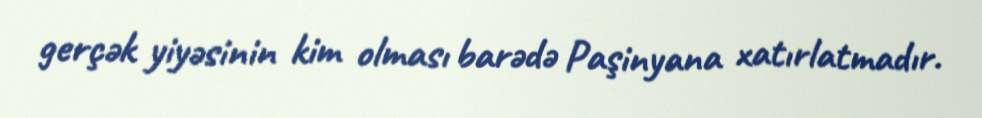
gerçək yiyəsinin kim olması barədə Paşinyana xatırlatmadır.